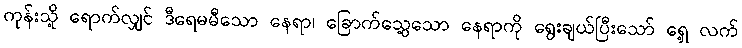
ကုန်းသို့ ရောက်လျှင် ဒီရေမမီသော နေရာ၊ ခြောက်သွေ့သော နေရာကို ရွေးချယ်ပြီးသော် ရှေ့ လက်